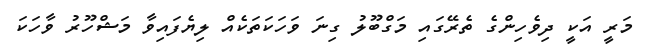
މަރީ އަކީ ދިވެހިންގެ ތެރޭގައި މަގްބޫލު ގިނަ ވަހަކަތަކެއް ލިޔެފައިވާ މަޝްހޫރު ވާހަކަ